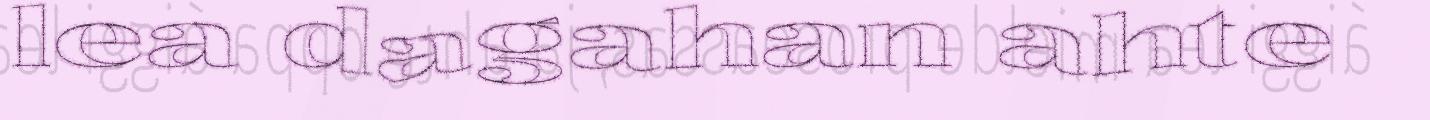
lea dagahan ahte